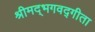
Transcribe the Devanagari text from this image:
श्रीमद्‌भगवद्गीता